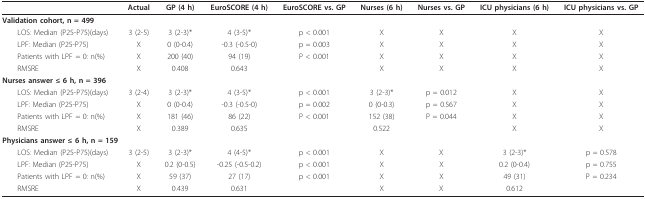
<table><thead><tr><td></td><td><b>Actual</b></td><td><b>GP (4 h)</b></td><td><b>EuroSCORE (4 h)</b></td><td><b>EuroSCORE vs. GP</b></td><td><b>Nurses (6 h)</b></td><td><b>Nurses vs. GP</b></td><td><b>ICU physicians (6 h)</b></td><td><b>ICU physicians vs. GP</b></td></tr></thead><tbody><tr><td colspan="9"><b>Validation cohort, n = 499</b></td></tr><tr><td> LOS: Median (P25-P75)(days)</td><td>3 (2-5)</td><td>3 (2-3)*</td><td>4 (3-5)*</td><td>p &lt; 0.001</td><td>X</td><td>X</td><td>X</td><td>X</td></tr><tr><td> LPF: Median (P25-P75)</td><td>X</td><td>0 (0-0.4)</td><td>-0.3 (-0.5-0)</td><td>p = 0.003</td><td>X</td><td>X</td><td>X</td><td>X</td></tr><tr><td> Patients with LPF = 0: n(%)</td><td>X</td><td>200 (40)</td><td>94 (19)</td><td>P &lt; 0.001</td><td>X</td><td>X</td><td>X</td><td>X</td></tr><tr><td> RMSRE</td><td>X</td><td>0.408</td><td>0.643</td><td></td><td>X</td><td>X</td><td>X</td><td>X</td></tr><tr><td colspan="9"><b>Nurses answer ≤ 6 h, n = 396</b></td></tr><tr><td> LOS: Median (P25-P75)(days)</td><td>3 (2-4)</td><td>3 (2-3)*</td><td>4 (3-5)*</td><td>p &lt; 0.001</td><td>3 (2-3)*</td><td>p = 0.012</td><td>X</td><td>X</td></tr><tr><td> LPF: Median (P25-P75)</td><td>X</td><td>0 (0-0.4)</td><td>-0.3 (-0.5-0)</td><td>p = 0.002</td><td>0 (0-0.3)</td><td>p = 0.567</td><td>X</td><td>X</td></tr><tr><td> Patients with LPF = 0: n(%)</td><td>X</td><td>181 (46)</td><td>86 (22)</td><td>P &lt; 0.001</td><td>152 (38)</td><td>P = 0.044</td><td>X</td><td>X</td></tr><tr><td> RMSRE</td><td>X</td><td>0.389</td><td>0.635</td><td></td><td>0.522</td><td></td><td>X</td><td>X</td></tr><tr><td colspan="9"><b>Physicians answer ≤ 6 h, n = 159</b></td></tr><tr><td> LOS: Median (P25-P75)(days)</td><td>3 (2-5)</td><td>3 (2-3)*</td><td>4 (4-5)*</td><td>p &lt; 0.001</td><td>X</td><td>X</td><td>3 (2-3)*</td><td>p = 0.578</td></tr><tr><td> LPF: Median (P25-P75)</td><td>X</td><td>0.2 (0-0.5)</td><td>-0.25 (-0.5-0.2)</td><td>p &lt; 0.001</td><td>X</td><td>X</td><td>0.2 (0-0.4)</td><td>p = 0.755</td></tr><tr><td> Patients with LPF = 0: n(%)</td><td>X</td><td>59 (37)</td><td>27 (17)</td><td>p &lt; 0.001</td><td>X</td><td>X</td><td>49 (31)</td><td>P = 0.234</td></tr><tr><td> RMSRE</td><td>X</td><td>0.439</td><td>0.631</td><td></td><td>X</td><td>X</td><td>0.612</td><td></td></tr></tbody></table>